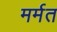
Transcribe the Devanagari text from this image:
मर्मत